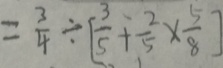
= \frac { 3 } { 4 } \div [ \frac { 3 } { 5 } + \frac { 2 } { 5 } \times \frac { 5 } { 8 } ]